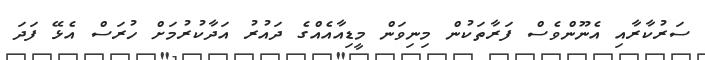
ސަރުކާރާއި އެނޫންވެސް ފަރާތަކުން މިނިވަން މީޑިއާއެއްގެ ދައުރު އަދާކުރުމަށް ހުރަސް އެޅޭ ފަދަ